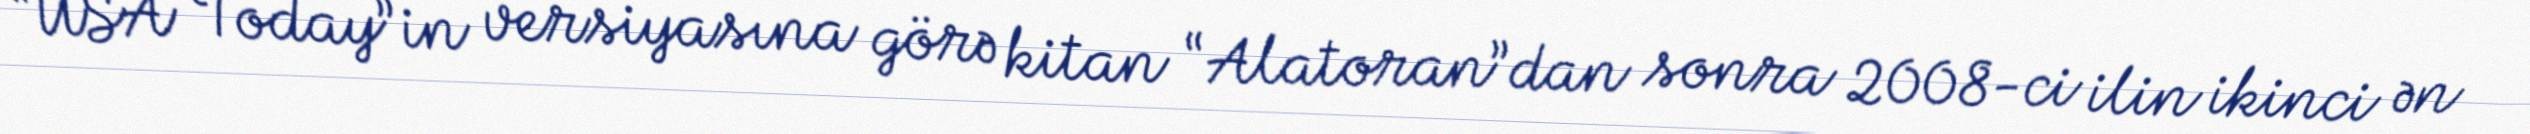
“USA Today”in versiyasına görə kitan “Alatoran”dan sonra 2008-ci ilin ikinci ən